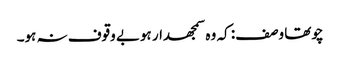
چوتھا وصف: کہ وہ سمجھدار ہوبے وقوف نہ ہو۔